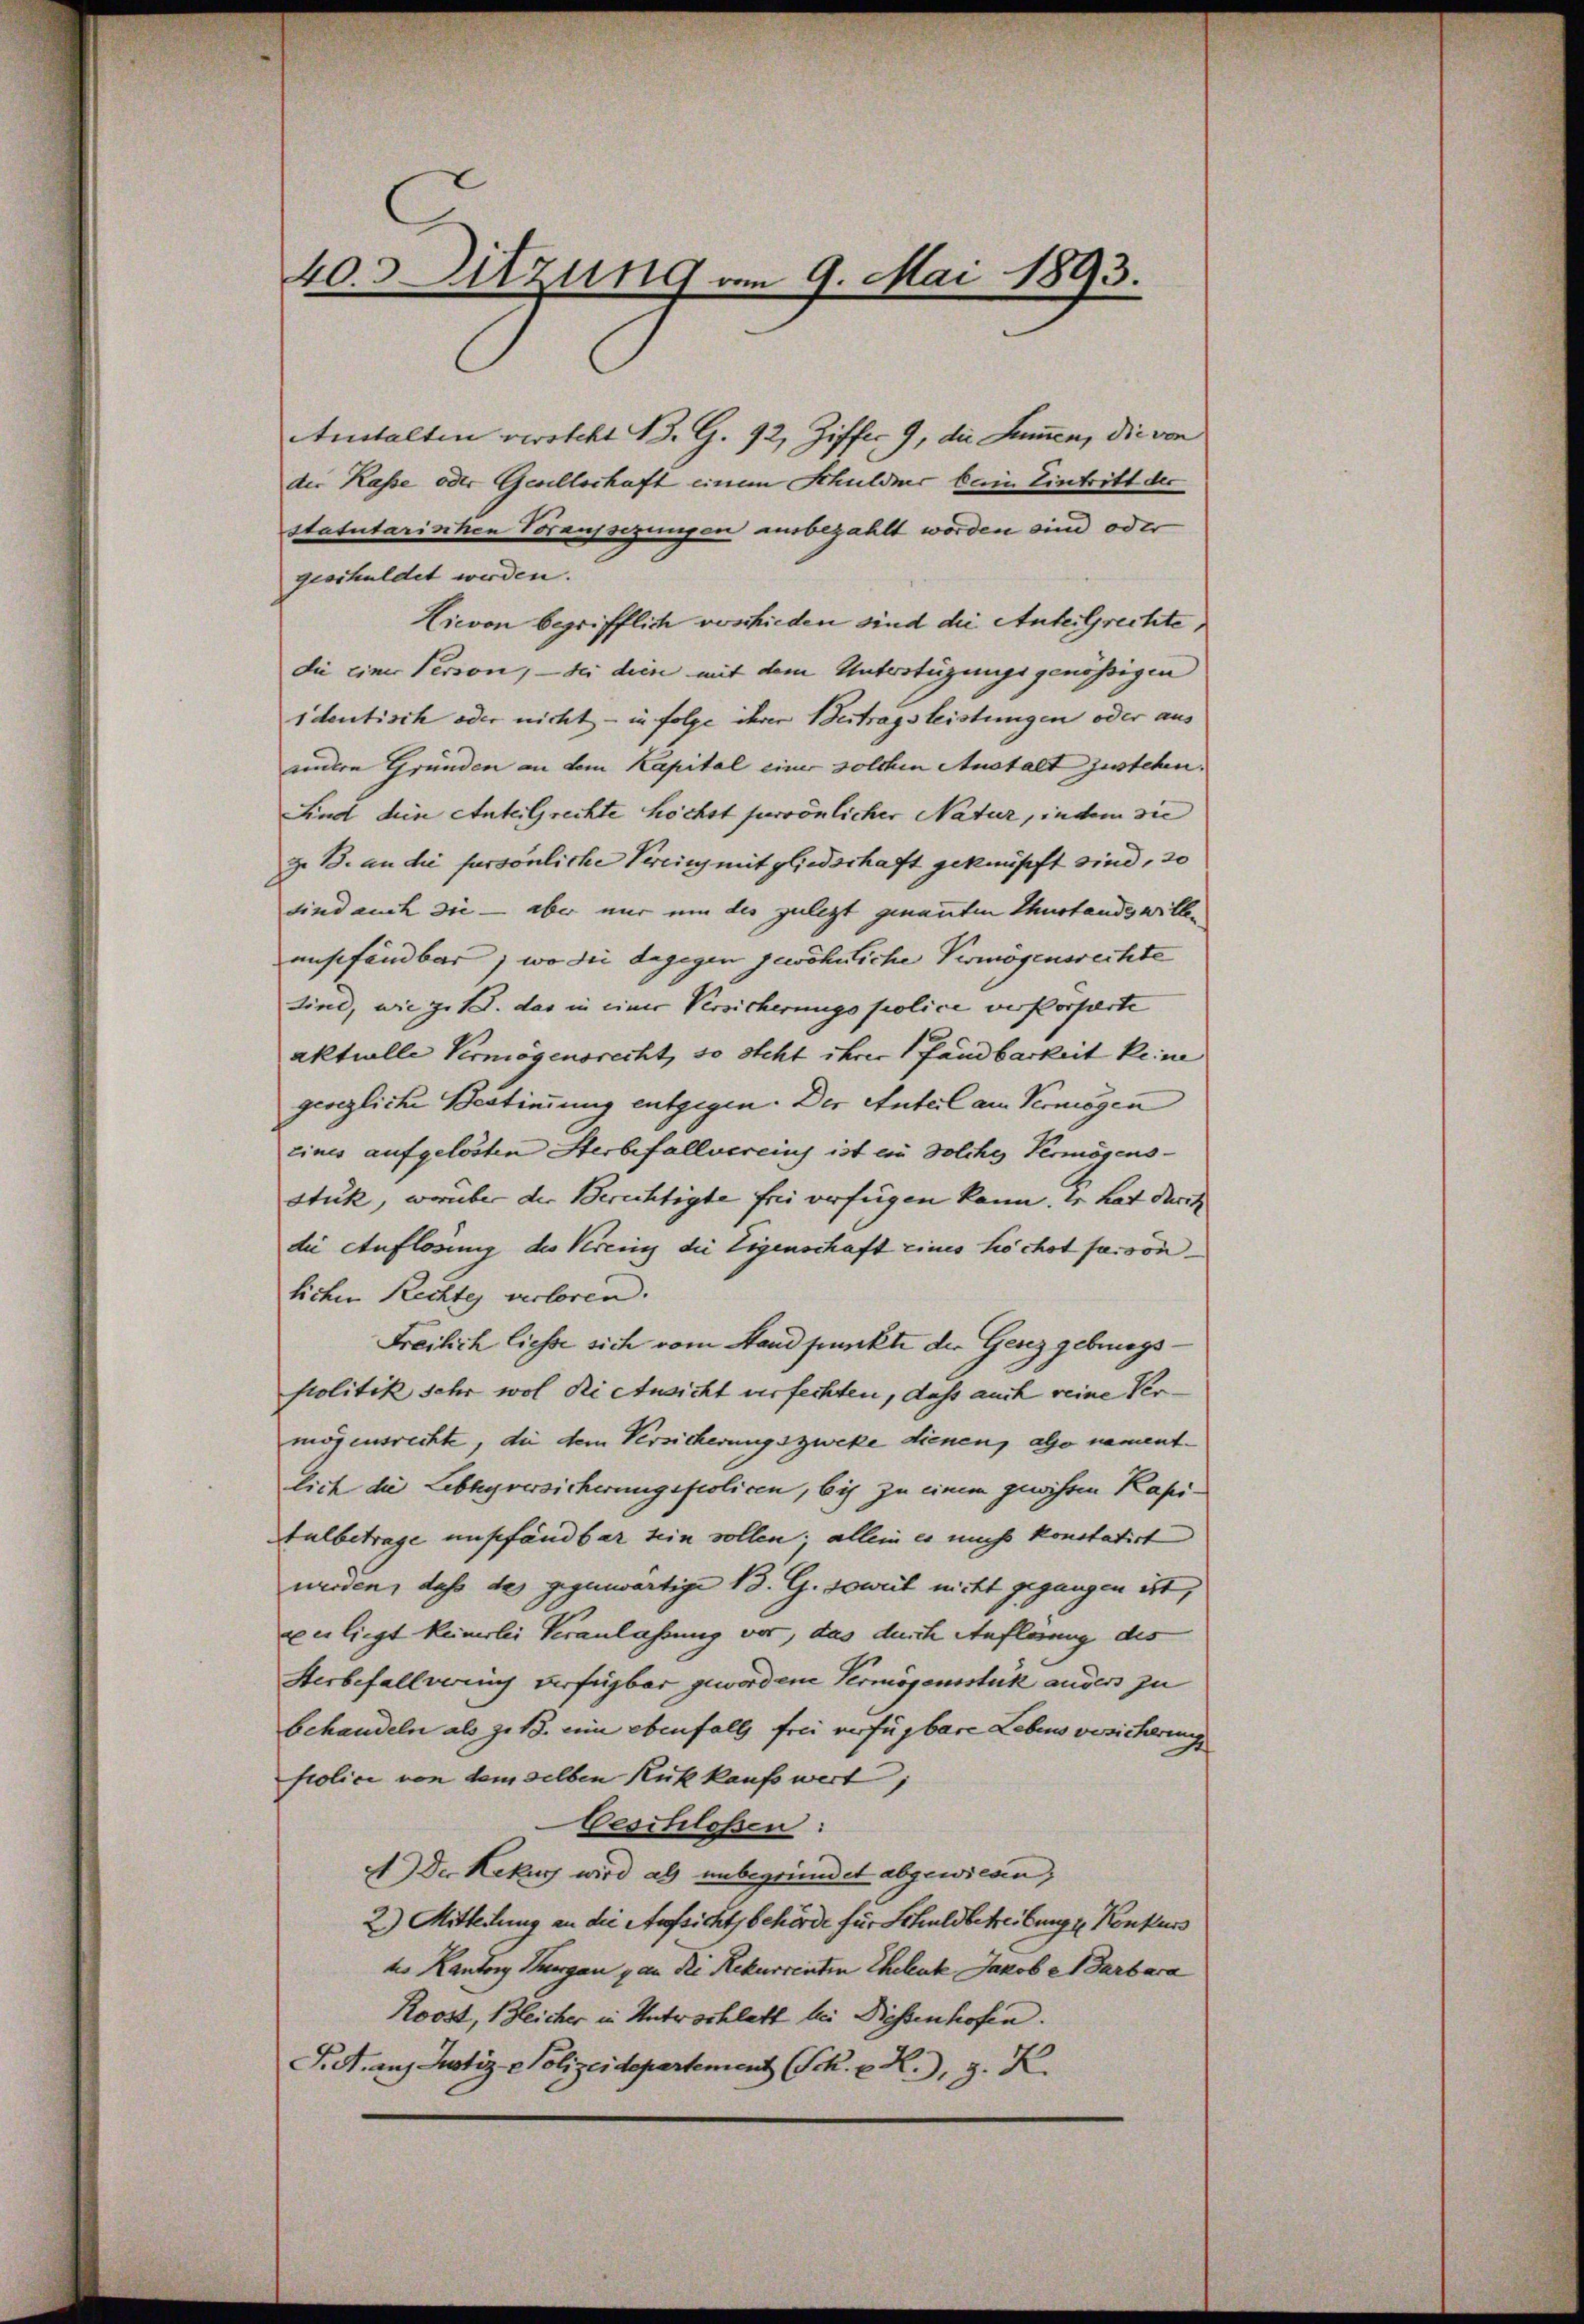
40.3 Sitzung vom 9. Mai 1893.

Anstalten versteht 13. G. 92, Ziffer 9, die Summen, die von
der Kasse oder Gesellschaft einem Schuldner kein Eintritt der
statutarischen Vorausserungen ausbezahlt worden sind oder
geschuldet werden.
Lievon begrifflich voschieden sind die Anteilrechte,
die einer Person, – bei dien mit dem Unterstüzungsgenößigen
identisch oder nicht – in folge ihrer Beitragsleistungen oder aus
anndern Gründen an dem Kapital einer solchen Anstalt zustehen.
Sind dein Anteilrechte höchst persönlicher Natur, indem sie
z. B. an die persönliche Verein mitgliedschaft geknüpft sind, 30
sind auch die – aber nur um des zulezt genannten Thustands willeansefändbar, wo die dagegen gewöhnliche Vermögensrechte
Line, wie zu 1. das in einer Versicherungspolice verkorpierte
aktuelle Vermögensrecht, so steht ihrer fandbarkeit keine
gesezliche Bestimmung entgegen. Der Anteil am Vermögen
eines aufgelösten Sterbefallvereins ist ein Solche Vermögens¬
Stuk, worüber der Berichtigte frei verfügen kann. Er hat darit
die Auflösung des Kreiz die Eigenschaft eines höchst faisonlichen Rechtes verloren.
Freilich liesse sich vom Standpunkte die Genzgebungs¬
Politik sehr wol Rietnsicht verfechten, daß auch reine Vermögensrechte, die dem Versicherungszweke dienen, also namentlich die Lebhyversicherungspolicen, bis zu einem geisten Kapi¬
Sulbetrage empfändbar sein sollen; allein es muss konstatirt
werden, daß des gegenwärtige 13. G. soweit nicht gegangen ist,
gerliegt keinerlei Veranlassung vor, das durch Auflösung des
Herbefallverin verfügbar gewordene Vermögensstück ander zu
behandeln als zit. ein ebenfalls frei verfügbare Lebens besicherung
Police von dem selben Rückkaufs wert,
beschloßen:
) Der Rekurs wird als unbegründet abgewiesen;
2) Mitteilung an die Aufsichtsbehörde für Schuldbetreibungs Konkurs
to Kanton Thurgau von Ri Rekurrenten Eheleute Jakob Barbara
Roost, Bleicher in Antwochlatt bei Diessenhofen.
S. Ganz Justiz - Polizeidepartement (Sch. E. R.), z. K.